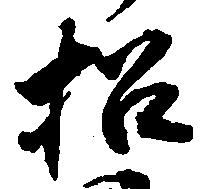
招